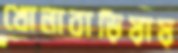
খোলাবাড়িয়ায়